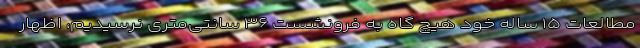
مطالعات ۱۵ ساله خود هیچ گاه به فرونشست ۳۶ سانتی‌متری نرسیدیم، اظهار